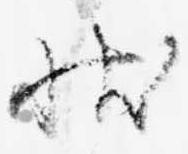
状